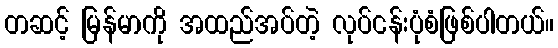
တဆင့် မြန်မာကို အထည်အပ်တဲ့ လုပ်ငန်းပုံစံဖြစ်ပါတယ်။